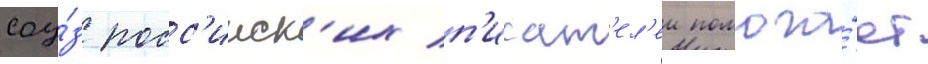
соу́з росс'ииск'их п'исат'ел'еи помога́ет